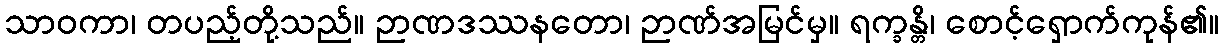
သာဝကာ၊ တပည့်တို့သည်။ ဉာဏဒဿနတော၊ ဉာဏ်အမြင်မှ။ ရက္ခန္တိ၊ စောင့်ရှောက်ကုန်၏။